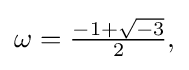
{\textstyle \omega ={\frac {-1+{\sqrt {-3}}}{2}},}